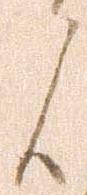
候